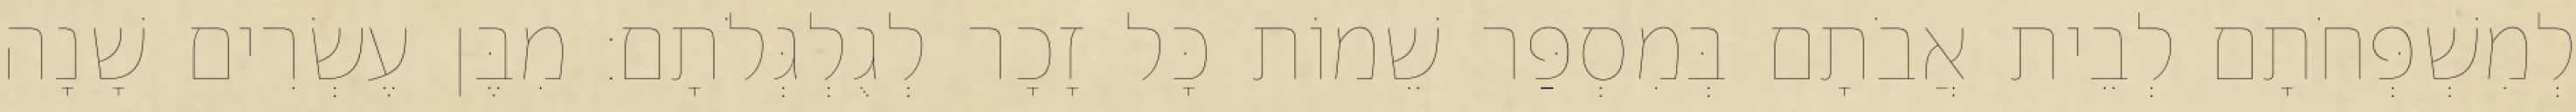
לְמִשְׁפְּחֹתָם לְבֵית אֲבֹתָם בְּמִסְפַּר שֵׁמוֹת כָּל זָכָר לְגֻלְגְּלֹתָם׃ מִבֶּן עֶשְׂרִים שָׁנָה